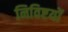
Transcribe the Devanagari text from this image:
निविष्टयों